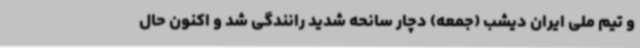
و تیم ملی ایران دیشب (جمعه) دچار سانحه شدید رانندگی شد و اکنون حال